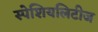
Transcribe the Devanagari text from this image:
स्पेशियलिटीज